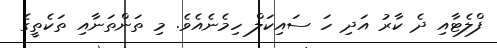
ފްލެޓާއި ދެ ކާރު އަދި ހަ ސައިކަލް ހިމެނެއެވެ. މި ތަންތަނާއި ތަކެތީގެ